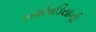
સમોવડિયાની